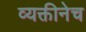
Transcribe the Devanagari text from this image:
व्यक्तीनेच